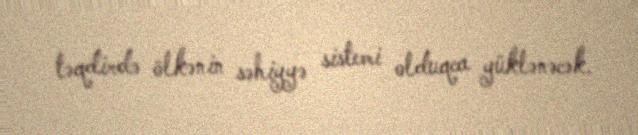
təqdirdə ölkənin səhiyyə sistemi olduqca yüklənəcək.